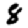
Digit: 8